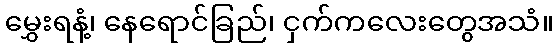
မွှေးရနံ့၊ နေရောင်ခြည်၊ ငှက်ကလေးတွေအသံ။